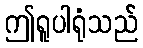
ဤရူပါရုံသည်